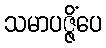
သမာပဇ္ဇိံပေ